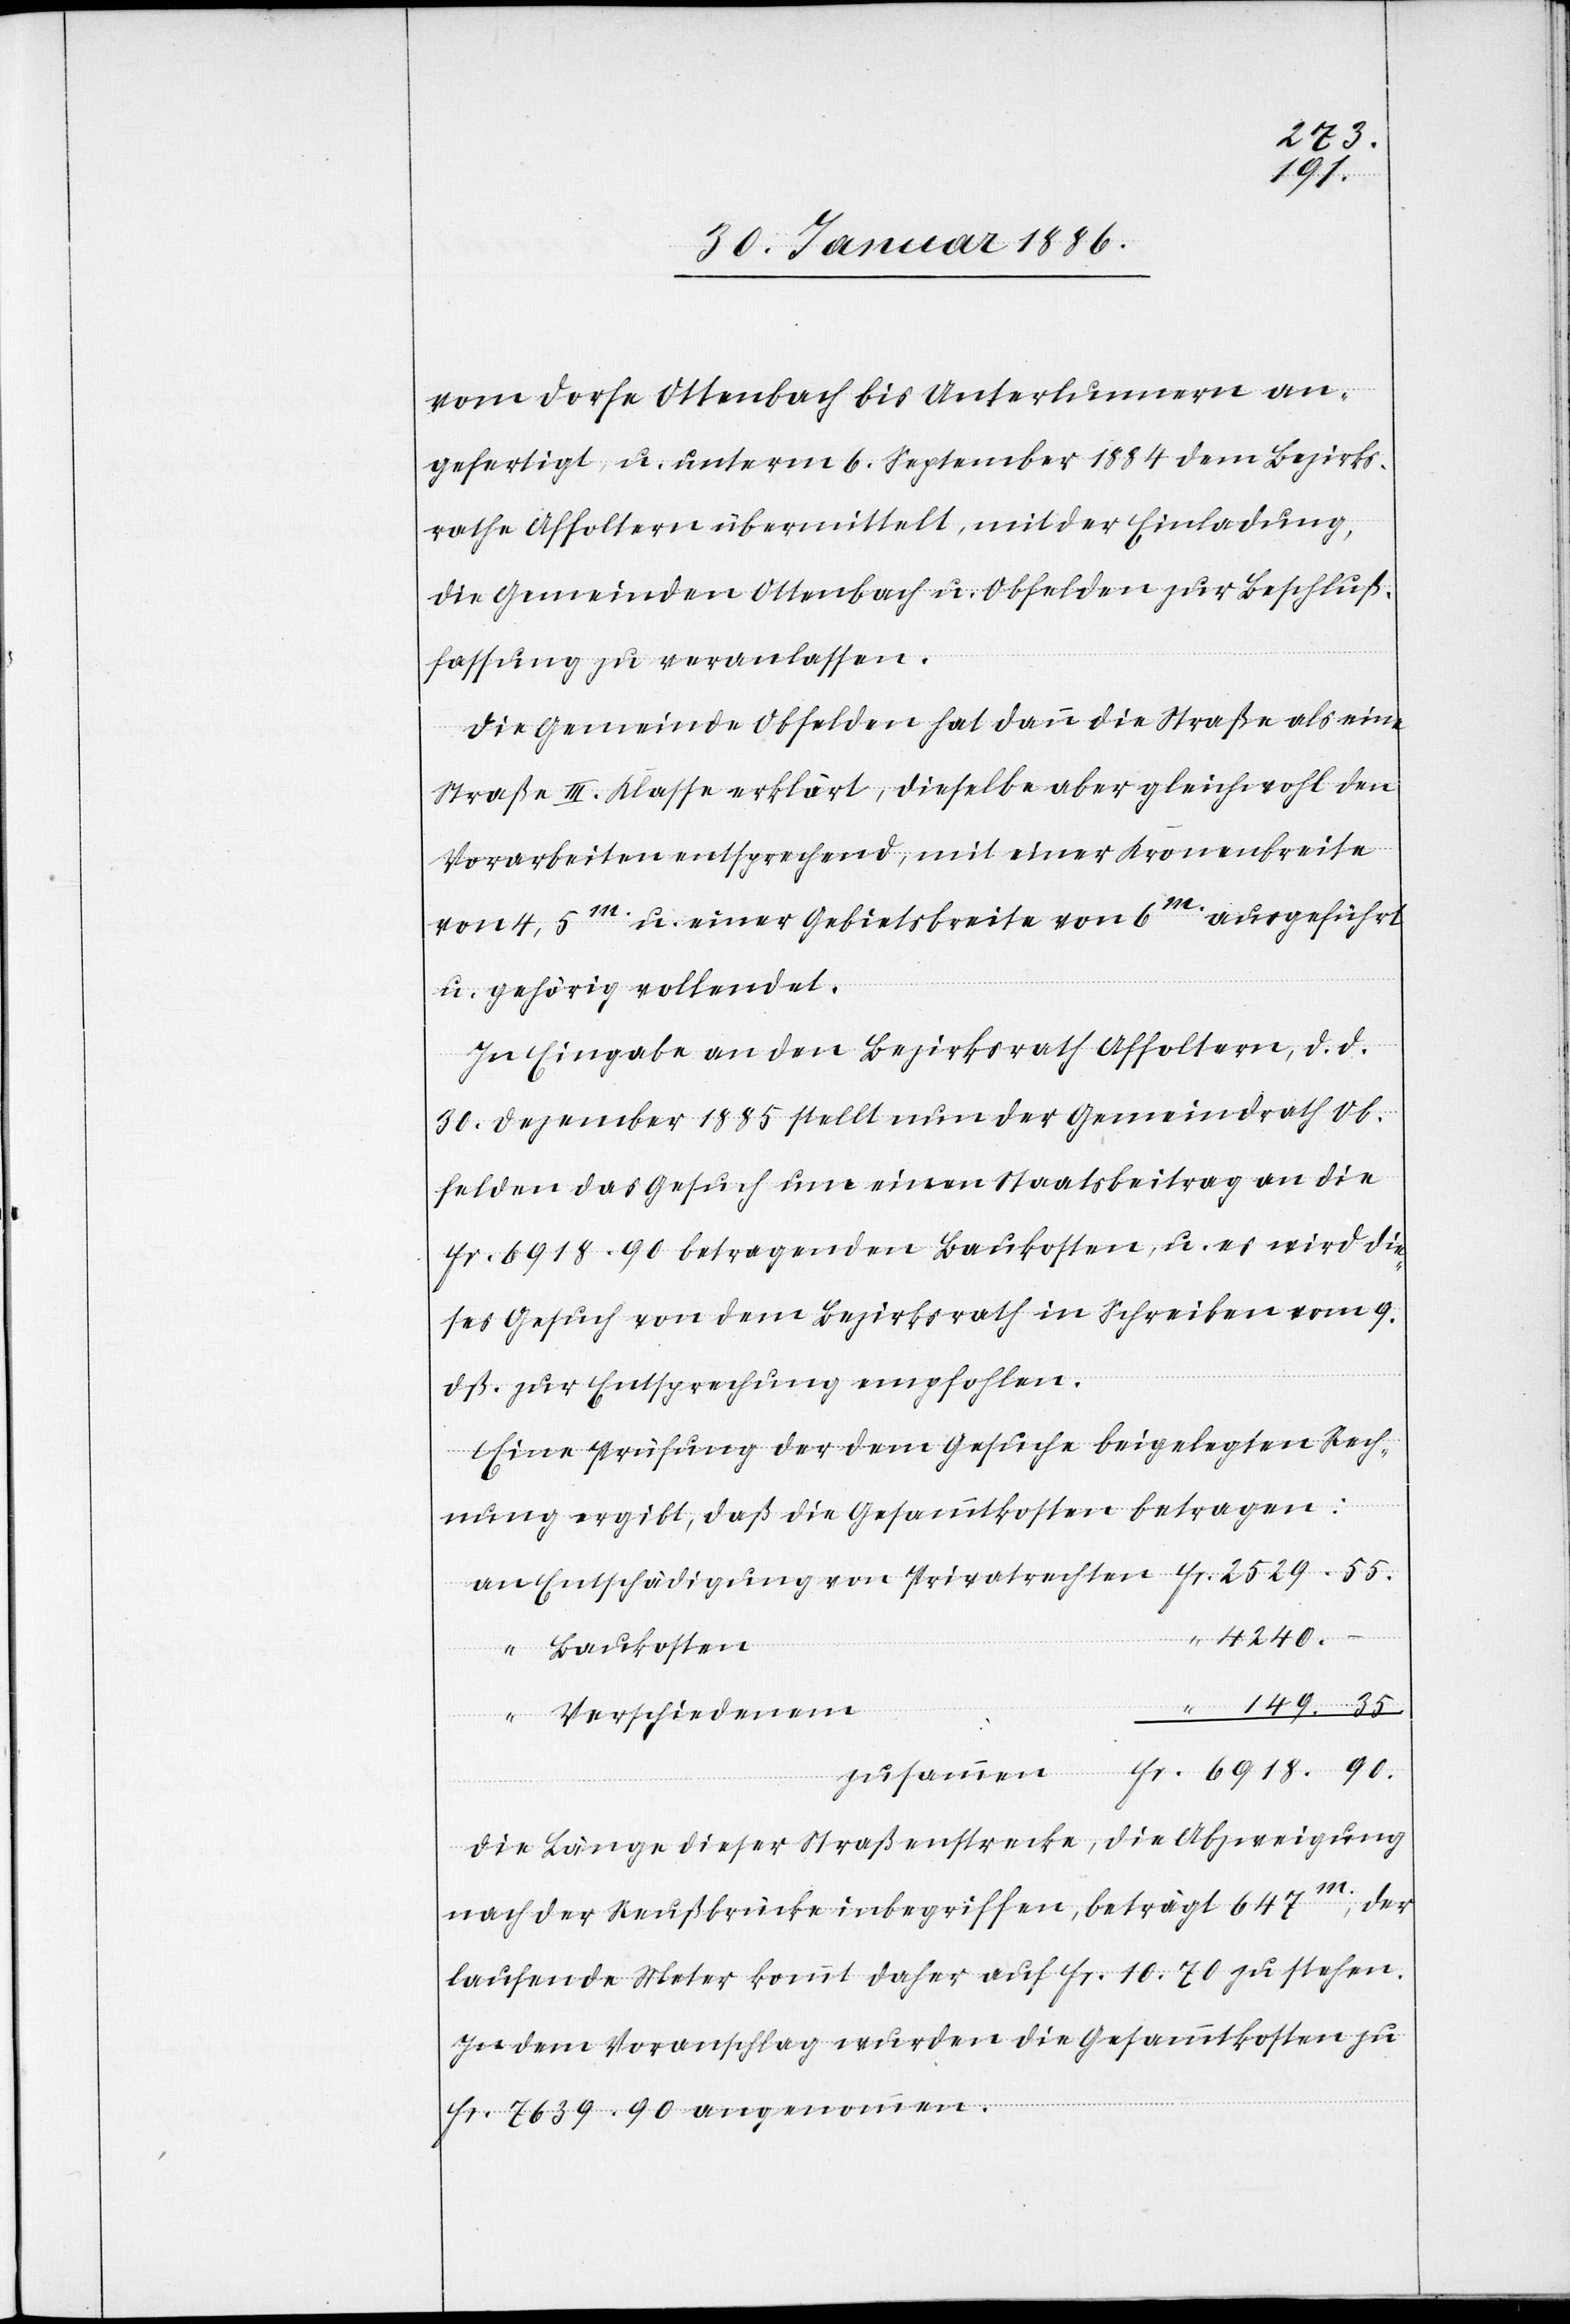
2529.
6918.
vom Dorfe Ottenbach bis Unterlunnern an¬
gefertigt, u. unterm 6. September 1884 dem Bezirks¬
rathe Affoltern übermittelt, mit der Einladung,
die Gemeinden Ottenbach u. Obfelden zur Beschluß¬
fassung zu veranlassen.
Die Gemeinde Obfelden hat dann die Straße als eine
Straße III. Klasse erklärt, dieselbe aber gleichwohl den
Vorarbeiten entsprechend, mit einer Kronenbreite
von 3,5m u. einer Gebietsbreite von 6m ausgeführt
u. gehörig vollendet.
In Eingabe an den Bezirksrath Affoltern, d. d.
30. Dezember 1885 stellt nun der Gemeindrath Ob¬
felden das Gesuch um einen Staatsbeitrag an die
Fr. 6928. 90 betragenden Baukosten, u. es wird die¬
ses Gesuch von dem Bezirksrath in Schreiben vom 69.
dß. zur Entsprechung empfohlen.
Eine Prüfung der dem Gesuche beigelegten Rech¬
nung ergibt, daß die Gesammtkosten betragen:
Baukosten
Verschiedenem
Die Länge dieser Straßenstrecke, die Abzweigung
nach der Reußbrücke inbegriffen, beträgt 647m; der
laufende Meter kommt daher auf Fr. 10. 70 zu stehen.
In dem Voranschlag wurden die Gesammtkosten zu
Fr. 7639. 90 angenommen.